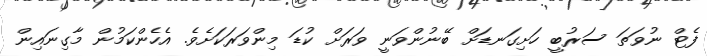
ފެޓް ނުވަތަ ސަރުބީ ހަށިގަނޑަށް ބޭނުންވަނީ ވަރަށް ކުޑަ މިންވަރަކަށެވެ. އެހެންކަމުން މާގިނައިން